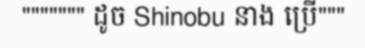
""""""" ដូច Shinobu នាង ប្រើ"""